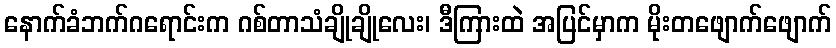
နောက်ခံဘက်ဂရောင်းက ဂစ်တာသံချိုချိုလေး၊ ဒီကြားထဲ အပြင်မှာက မိုးတဖျောက်ဖျောက်